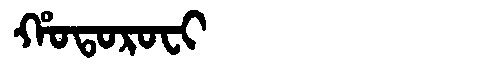
Manchu: ᡥᠣᡨᠣᡵᠣᠸᡳ
Romanization: HOTOROFI